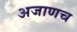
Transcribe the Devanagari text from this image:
अजाणच